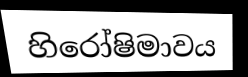
හිරෝෂිමාවය